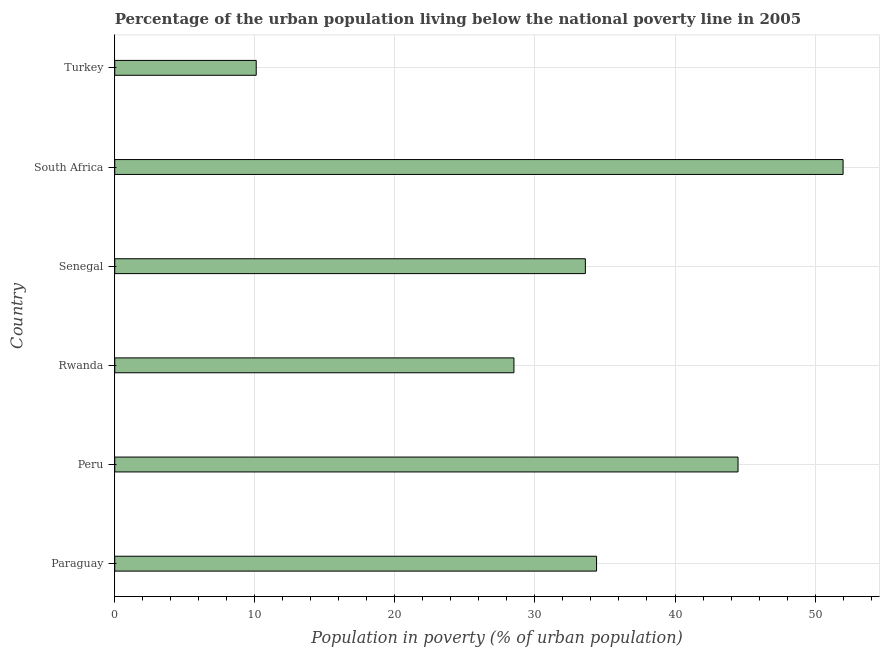
| Country | Urban poverty headcount ratio |
 | --- | --- |
 | Paraguay | 34.4 |
 | Peru | 44.5 |
 | Rwanda | 28.5 |
 | Senegal | 33.6 |
 | South Africa | 52 |
 | Turkey | 10.1 |